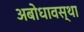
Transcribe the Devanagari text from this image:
अबोधावस्था